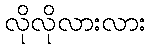
လိုလိုလားလား